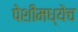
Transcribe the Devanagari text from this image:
पेशीमध्येच